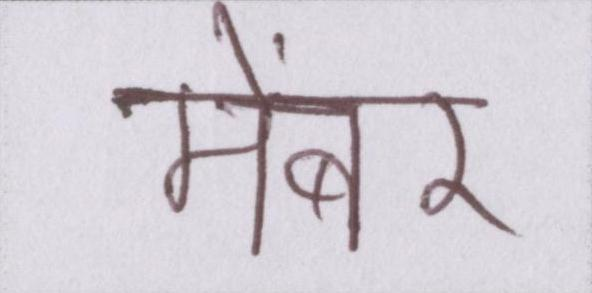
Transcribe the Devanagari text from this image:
मेंबर